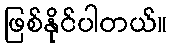
ဖြစ်နိုင်ပါတယ်။